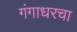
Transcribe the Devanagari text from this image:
गंगाधरचा